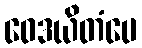
ဝေဒယိတံပေ